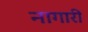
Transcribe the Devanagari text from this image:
नागारी